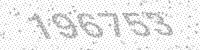
Solution: 196753